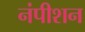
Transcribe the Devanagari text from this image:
नंपीशन